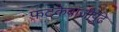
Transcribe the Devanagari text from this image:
फटकेबाजीपुढे